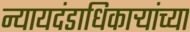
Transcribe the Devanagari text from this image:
न्यायदंडाधिकार्‍यांच्या